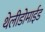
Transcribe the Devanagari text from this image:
थेलीडोमाईड